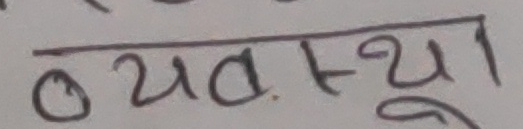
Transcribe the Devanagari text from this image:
व्यवस्था